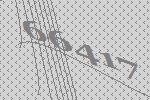
66417